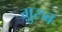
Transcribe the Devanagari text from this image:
ग़़ुरुब